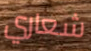
شعاري